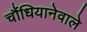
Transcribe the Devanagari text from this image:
चौंधियानेवाले